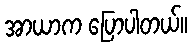
အာယာက ပြောပါတယ်။